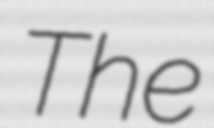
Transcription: The